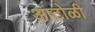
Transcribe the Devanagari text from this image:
आटोळी